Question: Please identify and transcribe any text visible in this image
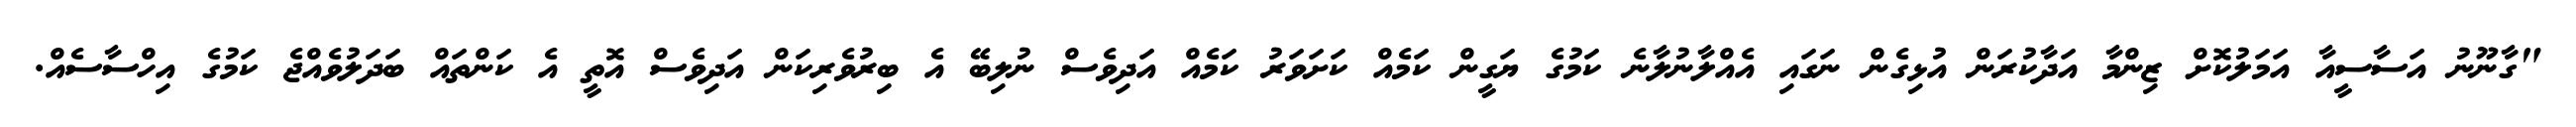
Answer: "ގާނޫނު އަސާސީއާ އަމަލުކޮށް ޒިންމާ އަދާކުރަން އުޅިގެން ނަގައި އެއްލާނުލާނެ ކަމުގެ ޔަގީން ކަމެއް ކަށަވަރު ކަމެއް އަދިވެސް ނުލިބޭ އެ ބިރުވެރިކަން އަދިވެސް އޮތީ އެ ކަންތައް ބަދަލުވެއްޖެ ކަމުގެ އިހްސާސެއް.